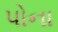
પોના